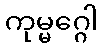
ကုမ္မဂ္ဂေါ